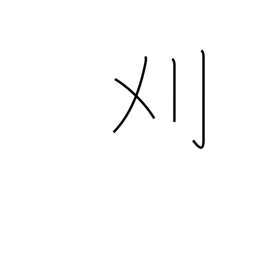
Meaning: cut